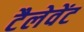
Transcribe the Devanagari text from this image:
टैलेवेंट